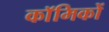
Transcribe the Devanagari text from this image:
काॅमिकों